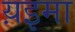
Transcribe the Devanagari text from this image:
य़इमा